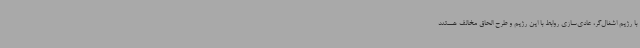
با رژیم اشغال‌گر، عادی‌سازی روابط با این رژیم و طرح الحاق مخالف هستند